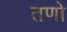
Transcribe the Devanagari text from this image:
तणो